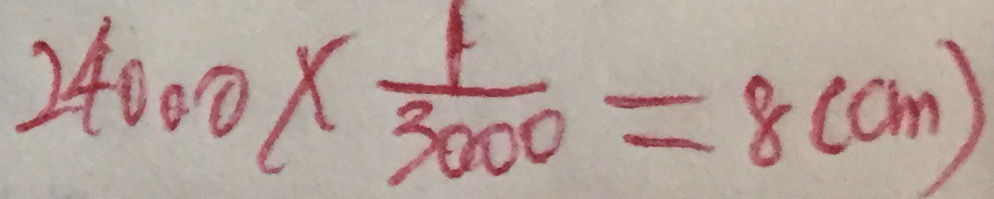
2 4 0 0 0 \times \frac { 1 } { 3 0 0 0 } = 8 ( c m )